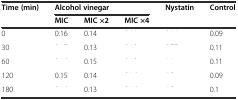
<table><thead><tr><td><b>Time (min)</b></td><td colspan="3"><b>Alcohol vinegar</b></td><td><b>Nystatin</b></td><td><b>Control</b></td></tr><tr><td>[EMPTY_CELL]</td><td><b>MIC</b></td><td><b>MIC ×2</b></td><td><b>MIC ×4</b></td><td>[EMPTY_CELL]</td><td>[EMPTY_CELL]</td></tr></thead><tbody><tr><td>0</td><td>0.16</td><td>0.14</td><td>[EMPTY_CELL]</td><td>[EMPTY_CELL]</td><td>0.09</td></tr><tr><td>30</td><td>[EMPTY_CELL]</td><td>0.13</td><td>[EMPTY_CELL]</td><td>[EMPTY_CELL]</td><td>0.11</td></tr><tr><td>60</td><td>[EMPTY_CELL]</td><td>0.15</td><td>[EMPTY_CELL]</td><td>[EMPTY_CELL]</td><td>0.11</td></tr><tr><td>120</td><td>0.15</td><td>0.14</td><td>[EMPTY_CELL]</td><td>[EMPTY_CELL]</td><td>0.09</td></tr><tr><td>180</td><td>[EMPTY_CELL]</td><td>0.13</td><td>[EMPTY_CELL]</td><td>[EMPTY_CELL]</td><td>0.1</td></tr></tbody></table>